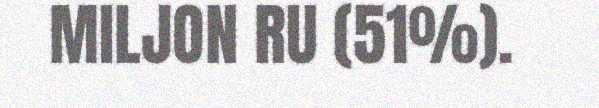
MILJON RU (51%).